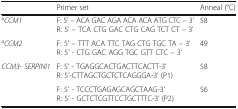
|  | Primer set | Anneal (°C) |
 | --- | --- | --- |
 | aCCM1 | F: 5’ – ACA GAC AGA ACA ACA ATG CTC – 3’R: 5’ – TCA CTG GAC CTG CAG TCT CT – 3’ | 58 |
 | aCCM2 | F: 5’ – TTT ACA TTC TAG CTG TGC TA – 3’R: 5’ - CTG GAC AGG TGC GTT CTC – 3’ | 49 |
 | <ROWSPAN=2> CCM3- SERPINI1 | F: 5’ - TGAGGCACTGACTTCACTT-3’R: 5’-CTTAGCTGCTCTCAGGGA-3’ (P1) | 58 |
 | F: 5’ - TCCCTGAGAGCAGCTAAG-3’R: 5’ - GCTCTCGTTCCTGCTTTC-3’ (P2) | 56 |